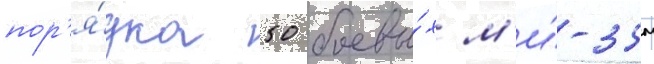
пор'я́дка 50 боевы́х м'и́-35м